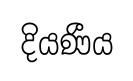
දියණීය